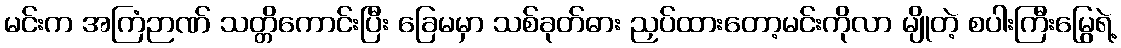
မင်းက အကြံဉာဏ် သတ္တိကောင်းပြီး ခြေမမှာ သစ်ခုတ်ဓား ညှပ်ထားတော့မင်းကိုလာ မျိုတဲ့ စပါးကြီးမြွေရဲ့